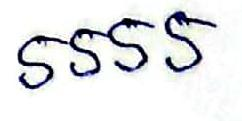
5555